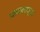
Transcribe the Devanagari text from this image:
फजलच्या